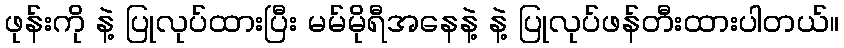
ဖုန်းကို နဲ့ ပြုလုပ်ထားပြီး မမ်မိုရီအနေနဲ့ နဲ့ ပြုလုပ်ဖန်တီးထားပါတယ်။